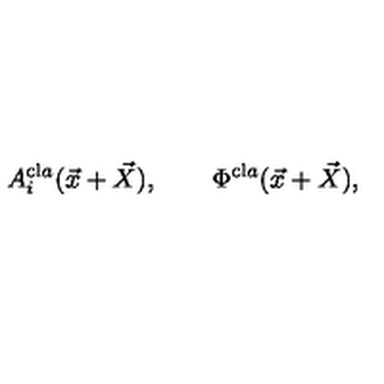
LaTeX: A _ { i } ^ { \mathrm { c l } a } ( \vec { x } + \vec { X } ) , \qquad \Phi ^ { \mathrm { c l } a } ( \vec { x } + \vec { X } ) ,